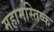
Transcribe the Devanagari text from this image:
महामस्तिष्क